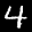
Label: 4